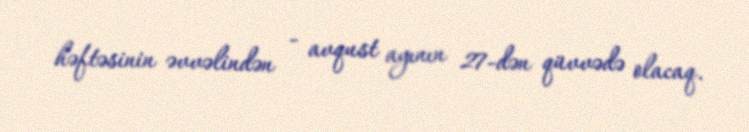
həftəsinin əvvəlindən - avqust ayının 27-dən qüvvədə olacaq.